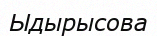
Ыдырысова